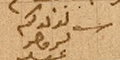
حرر لولدكم كروجر